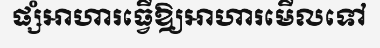
ផ្សំអាហារធ្វើឱ្យអាហារមើលទៅ